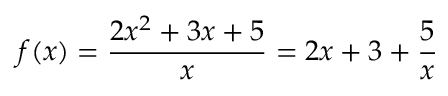
f ( x ) = { \frac { 2 x ^ { 2 } + 3 x + 5 } { x } } = 2 x + 3 + { \frac { 5 } { x } }